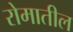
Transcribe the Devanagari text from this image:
रोमातील